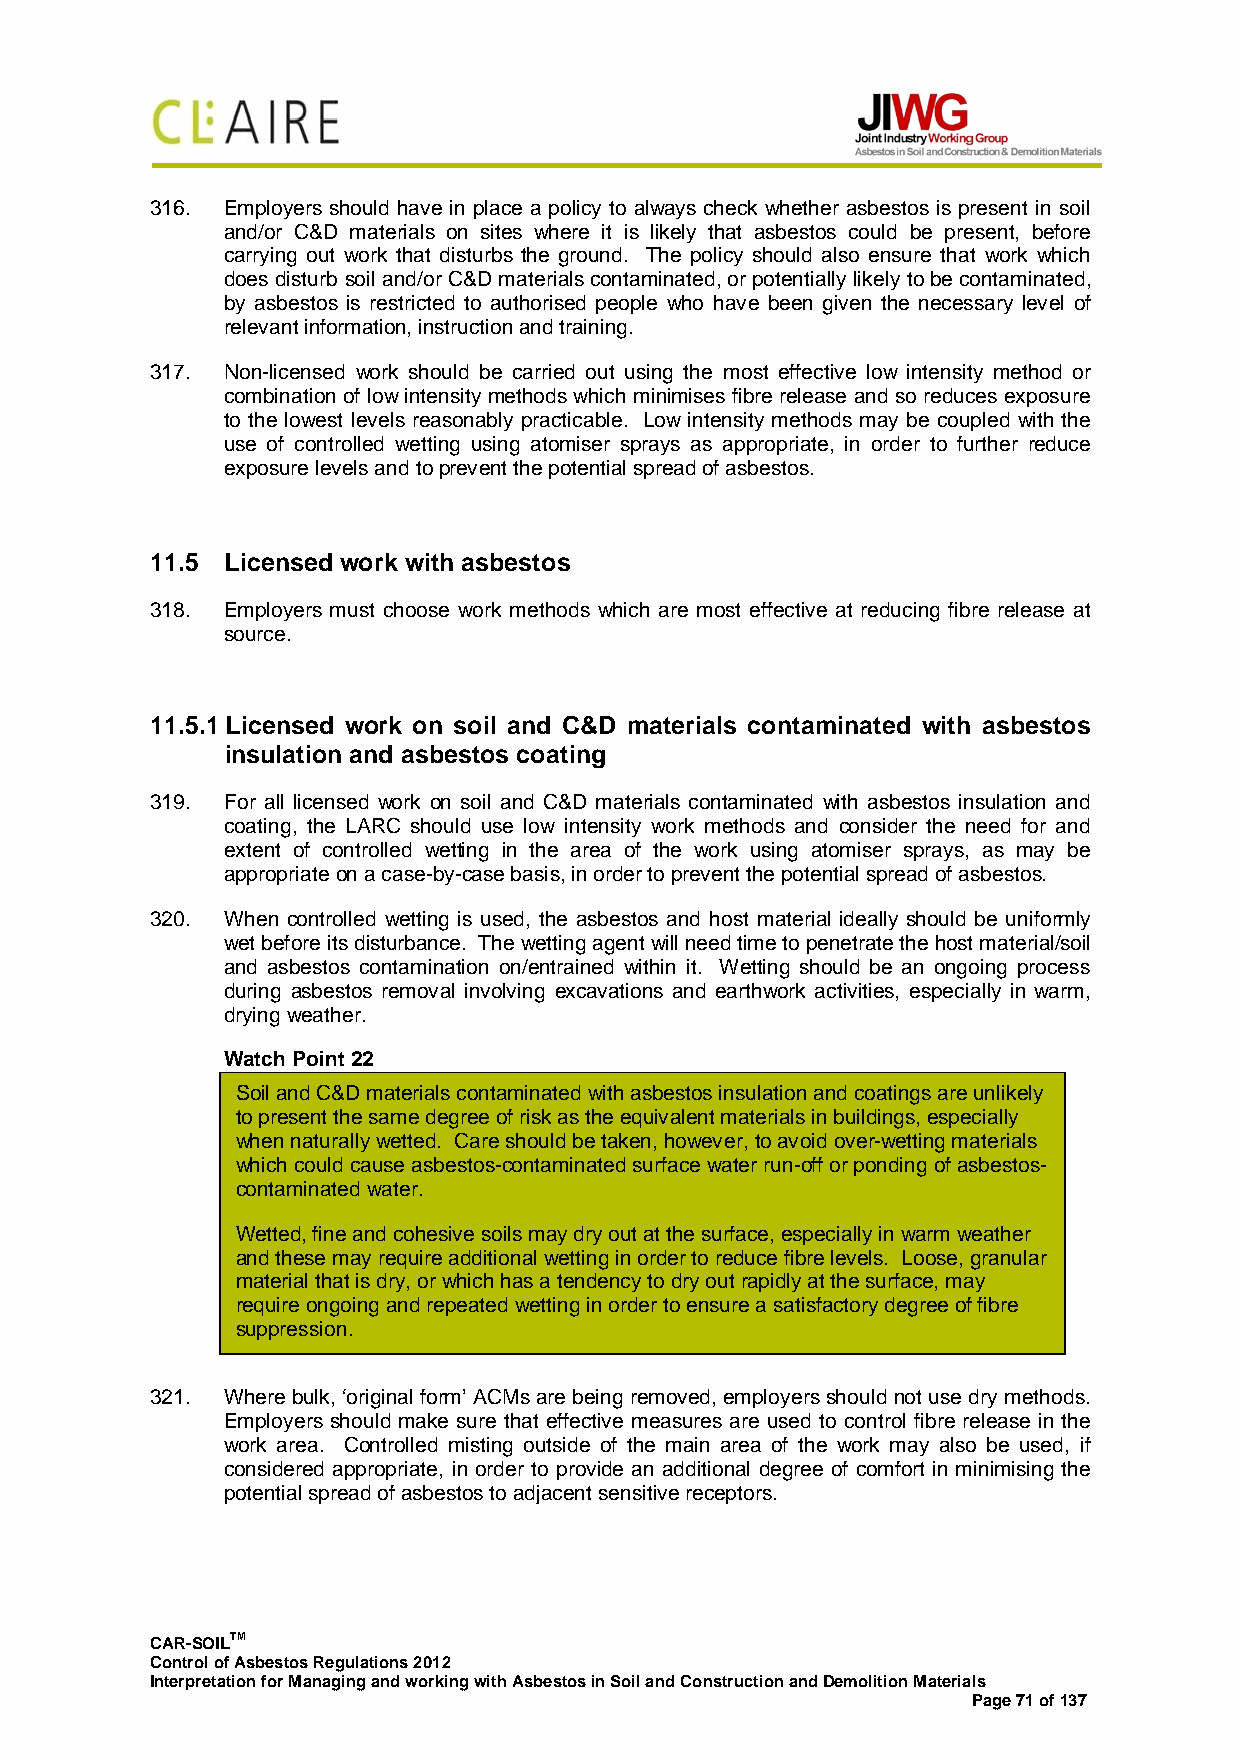
316. Employers should have in place a policy to always check whether asbestos is present in soil
 and/or C&D materials on sites where it is likely that asbestos could be present, before
 carrying out work that disturbs the ground. The policy should also ensure that work which
 does disturb soil and/or C&D materials contaminated, or potentially likely to be contaminated,
 by asbestos is restricted to authorised people who have been given the necessary level of
 relevant information, instruction and training.
 317. Non-licensed work should be carried out using the most effective low intensity method or
 combination of low intensity methods which minimises fibre release and so reduces exposure
 to the lowest levels reasonably practicable. Low intensity methods may be coupled with the
 use of controlled wetting using atomiser sprays as appropriate, in order to further reduce
 exposure levels and to prevent the potential spread of asbestos.
 11.5 Licensed work with asbestos
 318. Employers must choose work methods which are most effective at reducing fibre release at
 source.
 11.5.1 Licensed work on soil and C&D materials contaminated with asbestos
 insulation and asbestos coating
 319. For all licensed work on soil and C&D materials contaminated with asbestos insulation and
 coating, the LARC should use low intensity work methods and consider the need for and
 extent of controlled wetting in the area of the work using atomiser sprays, as may be
 appropriate on a case-by-case basis, in order to prevent the potential spread of asbestos.
 320. When controlled wetting is used, the asbestos and host material ideally should be uniformly
 wet before its disturbance. The wetting agent will need time to penetrate the host material/soil
 and asbestos contamination on/entrained within it. Wetting should be an ongoing process
 during asbestos removal involving excavations and earthwork activities, especially in warm,
 drying weather.
 Watch Point 22
 Soil and C&D materials contaminated with asbestos insulation and coatings are unlikely
 to present the same degree of risk as the equivalent materials in buildings, especially
 when naturally wetted. Care should be taken, however, to avoid over-wetting materials
 which could cause asbestos-contaminated surface water run-off or ponding of asbestos-
 contaminated water.
 Wetted, fine and cohesive soils may dry out at the surface, especially in warm weather
 and these may require additional wetting in order to reduce fibre levels. Loose, granular
 material that is dry, or which has a tendency to dry out rapidly at the surface, may
 require ongoing and repeated wetting in order to ensure a satisfactory degree of fibre
 suppression.
 321. Where bulk, ‘original form’ ACMs are being removed, employers should not use dry methods.
 Employers should make sure that effective measures are used to control fibre release in the
 work area. Controlled misting outside of the main area of the work may also be used, if
 considered appropriate, in order to provide an additional degree of comfort in minimising the
 potential spread of asbestos to adjacent sensitive receptors.
 CAR-SOILTM
 Control of Asbestos Regulations 2012
 Interpretation for Managing and working with Asbestos in Soil and Construction and Demolition Materials
 Page 71 of 137